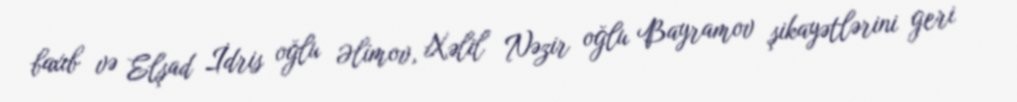
baxıb və Elşad İdris oğlu Əlimov, Xəlil Nəzir oğlu Bayramov şikayətlərini geri